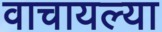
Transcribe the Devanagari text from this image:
वाचायल्या